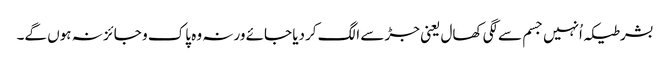
بشرطیکہ اُنہیں جسم سےلگی کھال یعنی جڑ سے الگ کردیا جائے ورنہ وہ پاک و جائز نہ ہوں گے۔